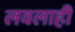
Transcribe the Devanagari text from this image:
लवलाहीं